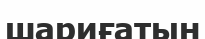
шариғатын